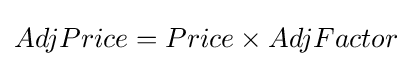
AdjPrice=Price\times AdjFactor